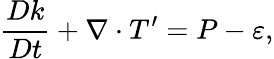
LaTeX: {\frac{Dk}{Dt}}+\nabla\cdot T^{\prime}=P-\varepsilon,